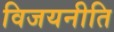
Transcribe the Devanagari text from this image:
विजयनीति